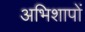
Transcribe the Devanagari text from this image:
अभिशापों